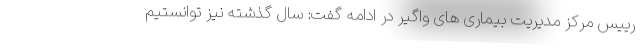
رییس مرکز مدیریت بیماری های واگیر در ادامه گفت: سال گذشته نیز توانستیم